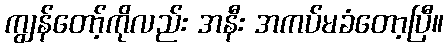
ကျွန်တော့်ကိုလည်း အနီး အကပ်မခံတော့ပြီ။